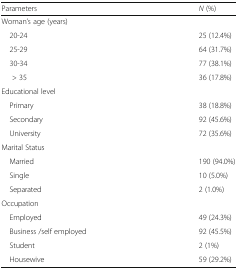
<table><thead><tr><td><b>Parameters</b></td><td><b><i>N</i> (%)</b></td></tr></thead><tbody><tr><td colspan="2">Woman’s age (years)</td></tr><tr><td> 20-24</td><td>25 (12.4%)</td></tr><tr><td> 25-29</td><td>64 (31.7%)</td></tr><tr><td> 30-34</td><td>77 (38.1%)</td></tr><tr><td>&gt; 35</td><td>36 (17.8%)</td></tr><tr><td colspan="2">Educational level</td></tr><tr><td> Primary</td><td>38 (18.8%)</td></tr><tr><td> Secondary</td><td>92 (45.6%)</td></tr><tr><td> University</td><td>72 (35.6%)</td></tr><tr><td colspan="2">Marital Status</td></tr><tr><td> Married</td><td>190 (94.0%)</td></tr><tr><td> Single</td><td>10 (5.0%)</td></tr><tr><td> Separated</td><td>2 (1.0%)</td></tr><tr><td colspan="2">Occupation</td></tr><tr><td> Employed</td><td>49 (24.3%)</td></tr><tr><td> Business /self employed</td><td>92 (45.5%)</td></tr><tr><td> Student</td><td>2 (1%)</td></tr><tr><td> Housewive</td><td>59 (29.2%)</td></tr></tbody></table>